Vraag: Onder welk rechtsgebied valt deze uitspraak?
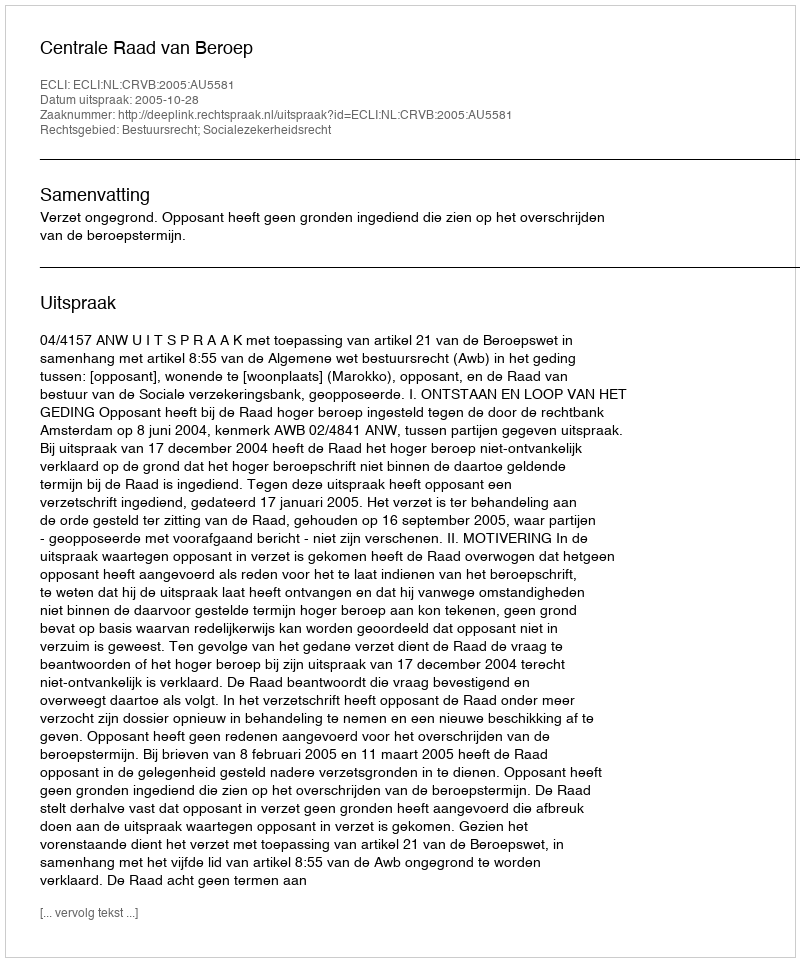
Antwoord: Bestuursrecht; Socialezekerheidsrecht